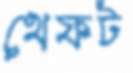
থেফট